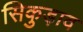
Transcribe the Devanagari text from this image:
सिकुड़ाव